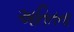
અતિતના